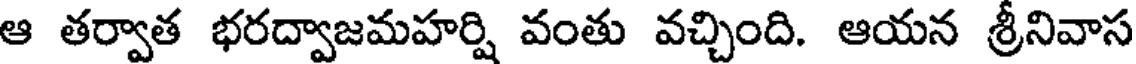
ఆ తర్వాత భరద్వాజమహర్షి వంతు వచ్చింది. ఆయన శ్రీనివాస